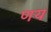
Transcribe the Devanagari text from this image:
णय